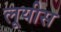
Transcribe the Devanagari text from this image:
लूयीस